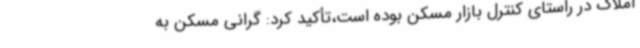
املاک در راستای کنترل بازار مسکن بوده است،تأکید کرد: گرانی مسکن به